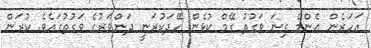
އަހަރެން އެންމެ ގިނަ ވަގުތު ގޭމް ކުޅެން ހޭދަކުރަނީ ދަންވަރުގެ ވަގުތުގައެވެ. ކުރަން